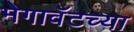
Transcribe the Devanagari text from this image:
मेगावॅटच्या